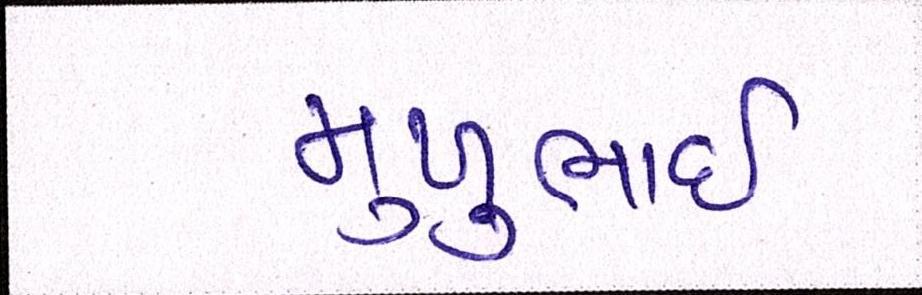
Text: મુળુભાઇ